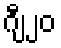
ဂျီ၂၀